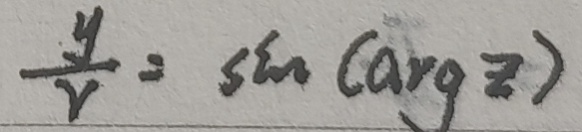
\frac { y } { r } = \sin ( a r g z )